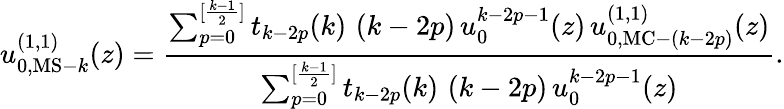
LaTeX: u_{0,{\mathrm{MS-}}k}^{(1,1)}(z)=\frac{\sum_{p=0}^{[\frac{k-1}{2}]}t_{k-2p}(k)\, \left(k-2p\right)\, u_{0}^{k-2p-1}(z)\, u_{0,{\mathrm{MC-}}(k-2p)}^{(1,1)}(z)}{\sum_{p=0}^{[\frac{k-1}{2}]}t_{k-2p}(k)\, \left(k-2p\right)\, u_{0}^{k-2p-1}(z)}.